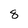
Character: 8